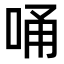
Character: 𠳀